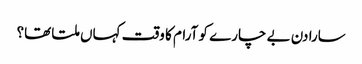
سارا دن بے چارے کو آرام کا وقت کہاں ملتا تھا؟